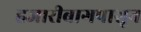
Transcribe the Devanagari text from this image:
हजारीबागपासून